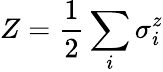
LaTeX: Z=\frac{1}{2}\sum_{i}\sigma_{i}^{z}